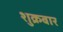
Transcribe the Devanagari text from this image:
शुक्रबार